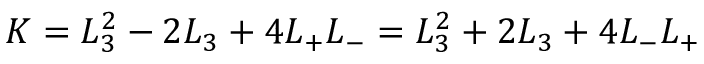
K = L _ { 3 } ^ { 2 } - 2 L _ { 3 } + 4 L _ { + } L _ { - } = L _ { 3 } ^ { 2 } + 2 L _ { 3 } + 4 L _ { - } L _ { + }